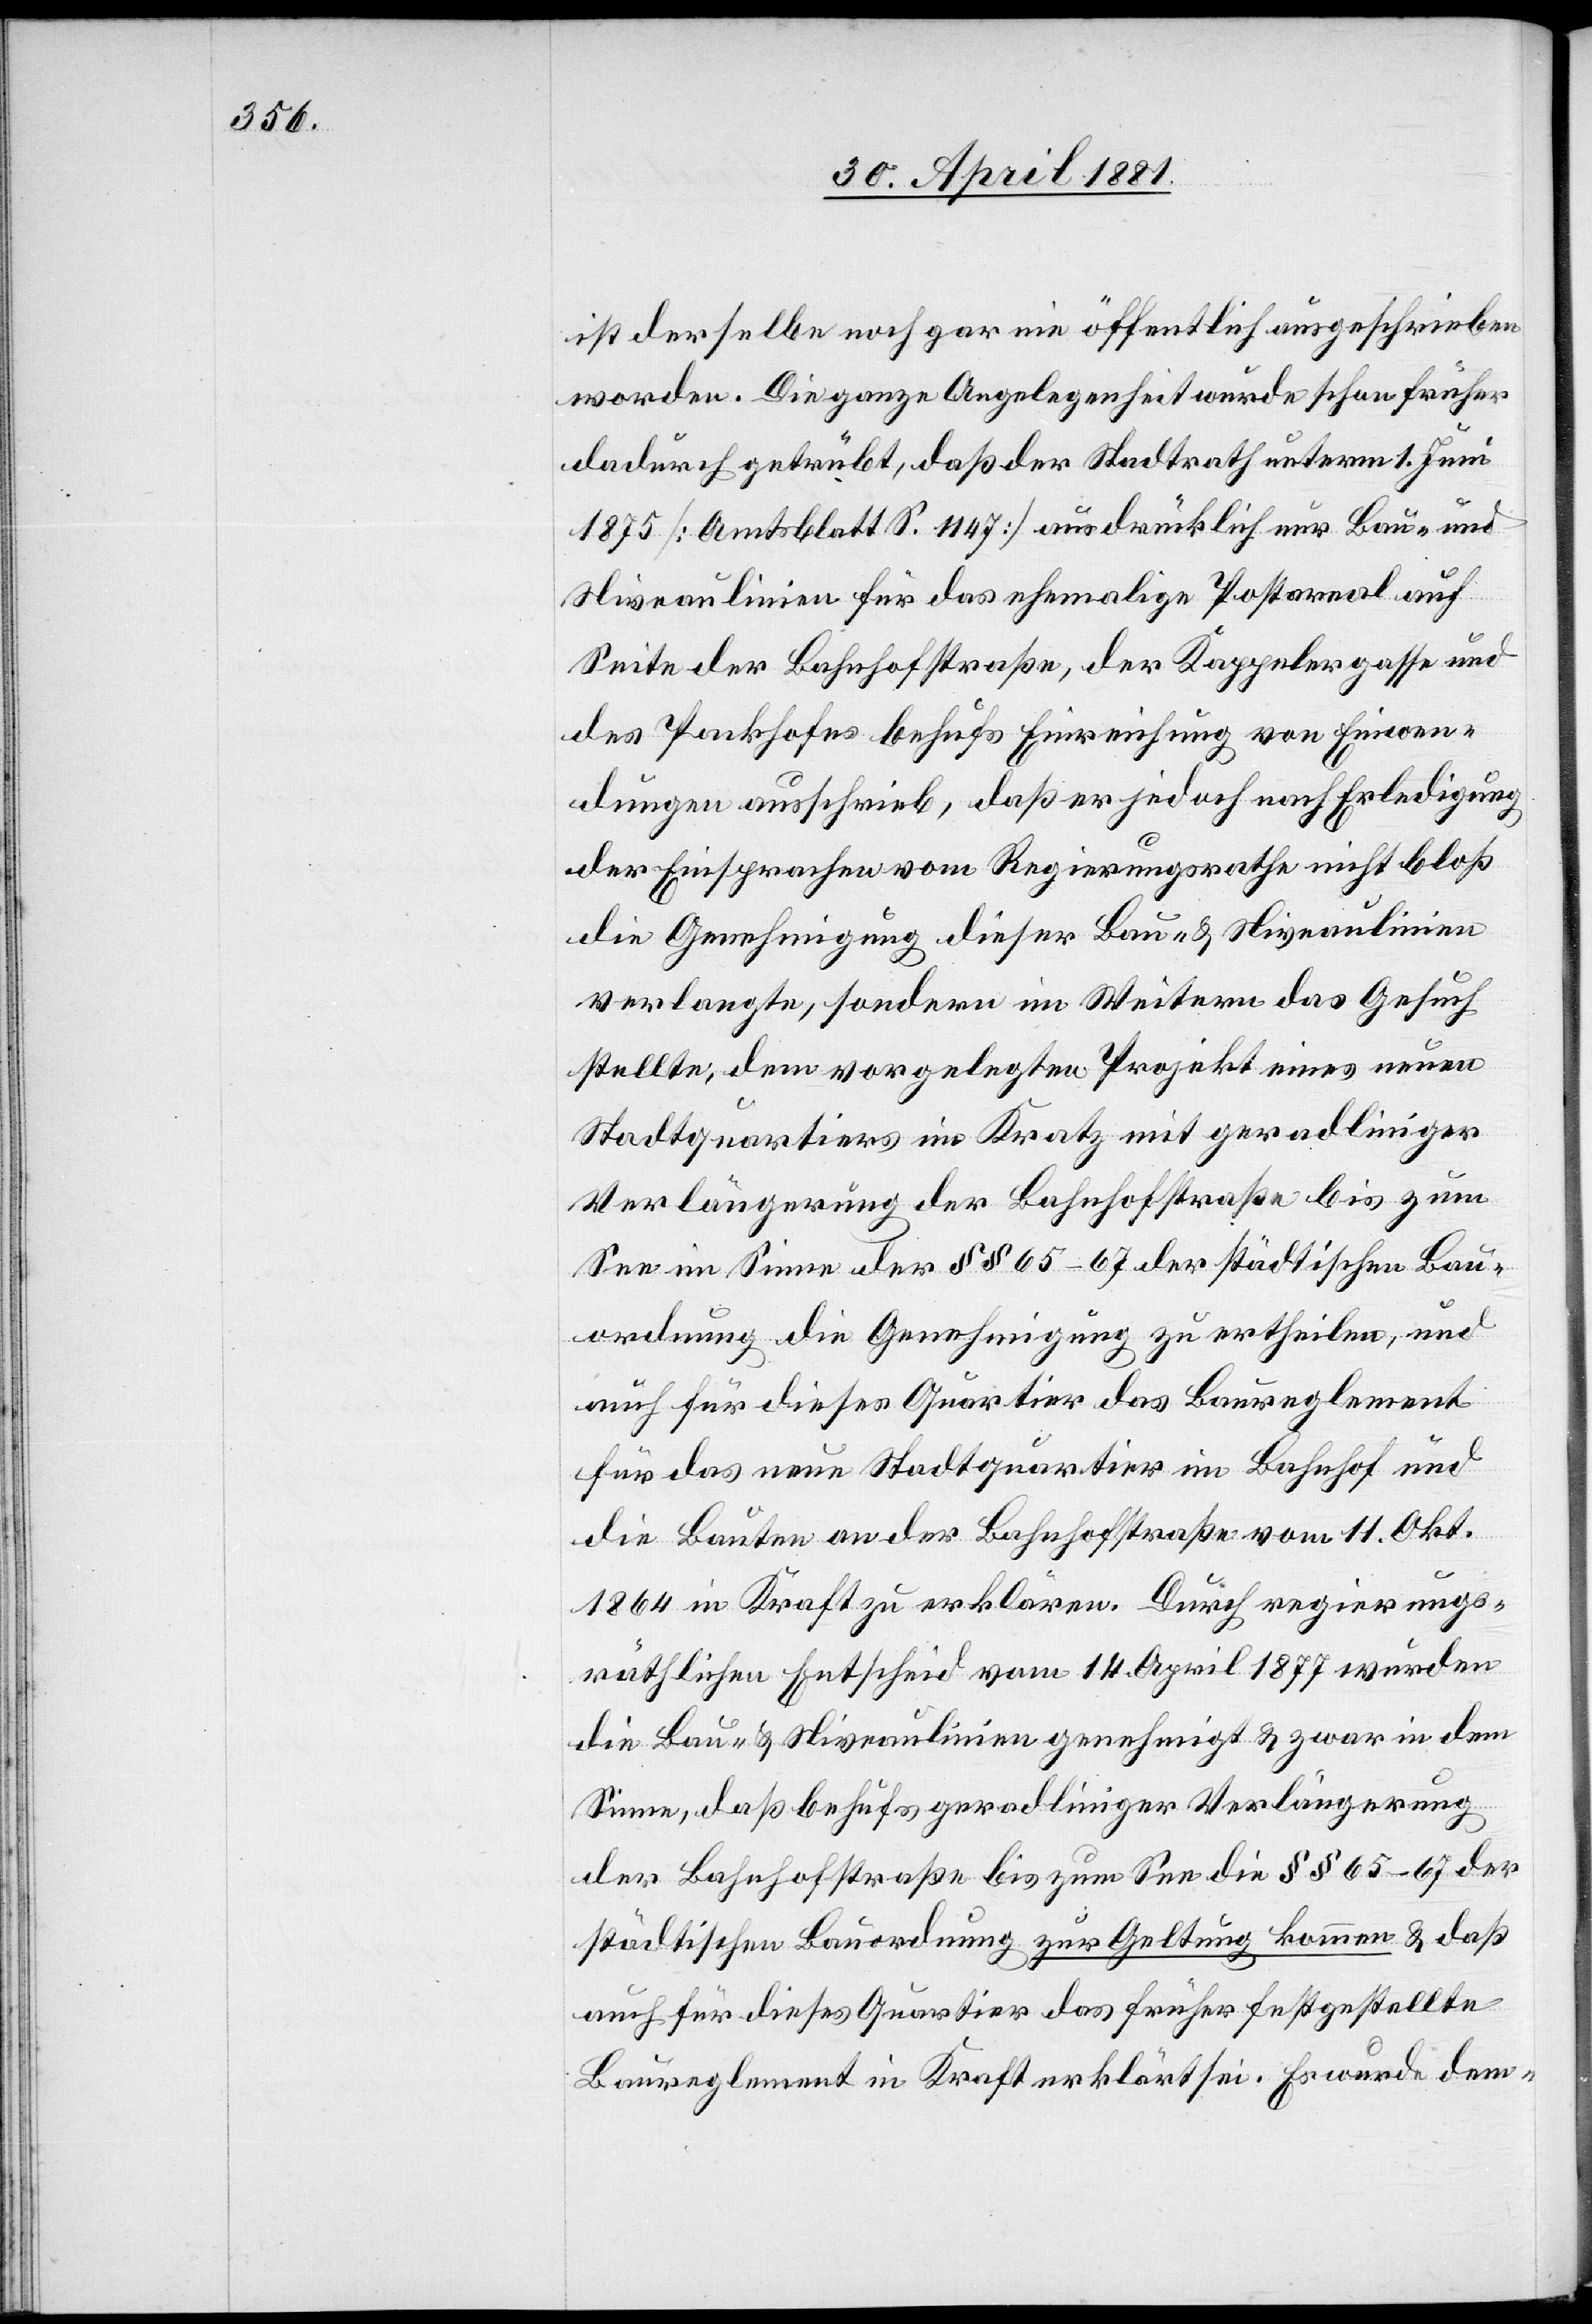
ist derselbe noch gar nie öffentlich ausgeschrieben
worden. Die ganze Angelegenheit wurde schon früher
dadurch getrübt, daß der Stadtrath unterm 1. Juni
1875 [Amtsblatt S. 1147] ausdrücklich nur Bau- und
Niveaulinien für das ehemalige Postareal auf
Seite der Bahnhofstraße, der Kappelergasse und
des Packhofes behufs Einreichung von Einwen¬
dungen ausschrieb, daß er jedoch nach Erledigung
der Einsprachen vom Regierungsrathe nicht bloß
die Genehmigung dieser Bau- & Niveaulinien
verlangte, sondern im Weitern das Gesuch
stellte, dem vorgelegten Projekt eines neuen
Stadtquartiers im Kratz mit geradliniger
Verlängerung der Bahnhofstraße bis zum
See im Sinne der §§ 65–67 der städtischen Bau¬
ordnung die Genehmigung zu ertheilen, und
auch für dieses Quartier das Baureglement
für das neue Stadtquartier im Bahnhof und
die Bauten an der Bahnhofstraße vom 11. Okt.
1864 in Kraft zu erklären. Durch regierungs¬
räthlichen Entscheid vom 14. April 1877 wurden
die Bau- & Niveaulinien genehmigt & zwar in dem
Sinne, daß behufs geradliniger Verlängerung
der Bahnhofstraße bis zum See die §§ 65–67 der
städtischen Bauordnung zur Geltung kommen & daß
auch für dieses Quartier das früher festgestellte
Baureglement in Kraft erklärt sei. Es wurde dem-